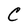
Character: C